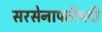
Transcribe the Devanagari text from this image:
सरसेनापतीपदी